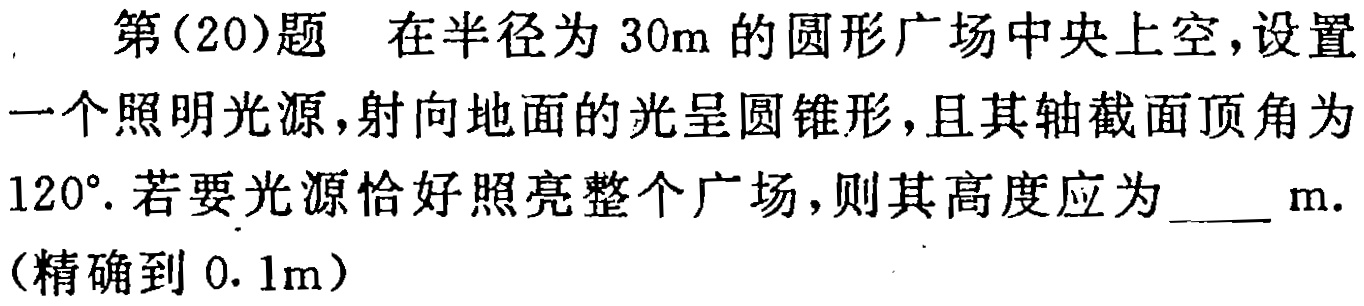
第(20)题 在半径为 \(30m\) 的圆形广场中央上空，设置一个照明光源，射向地面的光呈圆锥形，且其轴截面顶角为 \(120^{\circ}\). 若要光源恰好照亮整个广场，则其高度应为____ \(m\).（精确到 \(0.1m\)）